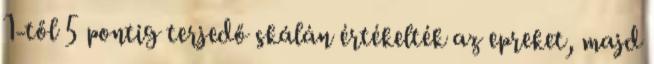
1-től 5 pontig terjedő skálán értékelték az epreket, majd